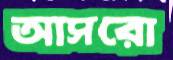
আসরো